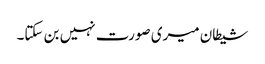
شیطان میری صورت نہیں بن سکتا۔